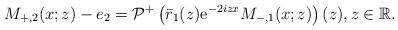
LaTeX: \begin{align*}M_{+,2}(x ;z)-e_{2}=\mathcal{P}^+\left(\bar{r}_1(z) \mathrm{e}^{-2iz x} M_{-,1}(x; z)\right)(z), z \in\mathbb{R}.\end{align*}